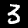
Digit: 3